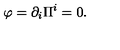
\varphi = \partial _ { i } \Pi ^ { i } = 0 .